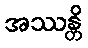
အဿန္တိ